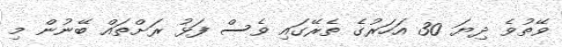
ވޭތުވެ ދިޔަ 30 އަހަރުގެ ތެރޭގައި ވެސް ފަޅު ރަށްތައް ބޭނުން މި